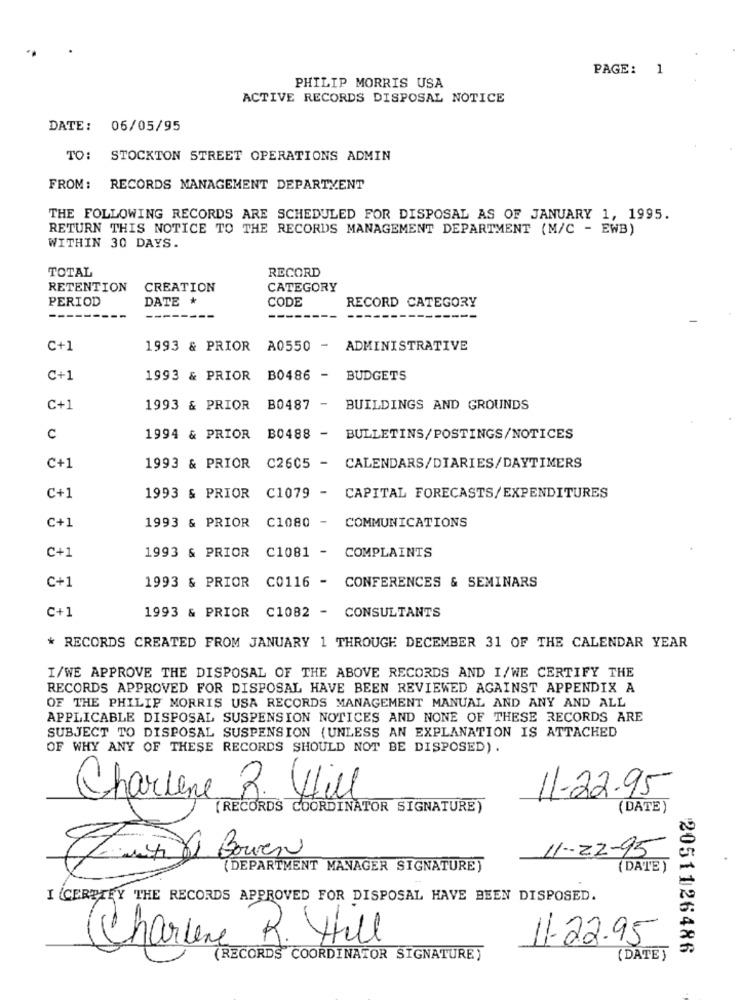
PAGE: 1
PHILIP MORRIS USA
ACTIVE RECORDS DISPOSAL NOTICE
DATE: 06/05/95
TO: STOCKTON STREET OPERATIONS ADMIN
FROM: RECORDS MANAGEMENT DEPARTMENT
THE FOLLOWING RECORDS ARE SCHEDULED FOR DISPOSAL AS OF JANUARY 1, 1995.
RETURN THIS NOTICE TO THE RECORDS MANAGEMENT DEPARTMENT (M/C - EWB)
WITHIN 30 DAYS.
TOTAL
RECORD
RETENTION
CREATION
CATEGORY
PERIOD
DATE *
CODE
RECORD CATEGORY
C+1
1993 & PRIOR A0550 -
ADMINISTRATIVE
C+1
1993 & PRIOR B0486 -
BUDGETS
C+1
1993 & PRIOR
B0487 -
BUILDINGS AND GROUNDS
C
1994 & PRIOR B0488 -
BULLETINS/POSTINGS/NOTICES
C+1
1993 & PRIOR C2605 - CALENDARS/DIARIES/DAYTIMERS
C+1
1993 & PRIOR C1079 - CAPITAL FORECASTS/EXPENDITURES
1993 & PRIOR C1080 - COMMUNICATIONS
C+1
C+1
1993 & PRIOR C1081 - COMPLAINTS
C+1
1993 & PRIOR C0116 - CONFERENCES & SEMINARS
C+1
1993 & PRIOR C1082 - CONSULTANTS
* RECORDS CREATED FROM JANUARY 1 THROUGH DECEMBER 31 OF THE CALENDAR YEAR
I/WE APPROVE THE DISPOSAL OF THE ABOVE RECORDS AND I/WE CERTIFY THE
RECORDS APPROVED FOR DISPOSAL HAVE BEEN REVIEWED AGAINST APPENDIX A
OF THE PHILIP MORRIS USA RECORDS MANAGEMENT MANUAL AND ANY AND ALL
APPLICABLE DISPOSAL SUSPENSION NOTICES AND NONE OF THESE RECORDS ARE
SUBJECT TO DISPOSAL SUSPENSION (UNLESS AN EXPLANATION IS ATTACHED
OF WHY ANY OF THESE RECORDS SHOULD NOT BE DISPOSED).
11-22.95
Charlene 3. Hill
(RECORDS COORDINATOR SIGNATURE)
(DATE)
11-22-95
Just VI Bouen
(DEPARTMENT MANAGER SIGNATURE)
(DATE )
I CERTIFY THE RECORDS APPROVED FOR DISPOSAL HAVE BEEN DISPOSED.
Charlene R. Hill
11.22.95
2051126486
(RECORDS" COORDINATOR SIGNATURE)
( DATE )